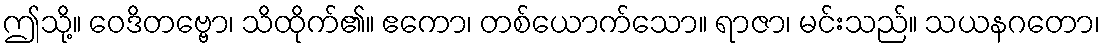
ဤသို့။ ဝေဒိတဗ္ဗော၊ သိထိုက်၏။ ဧကော၊ တစ်ယောက်သော။ ရာဇာ၊ မင်းသည်။ သယနဂတော၊